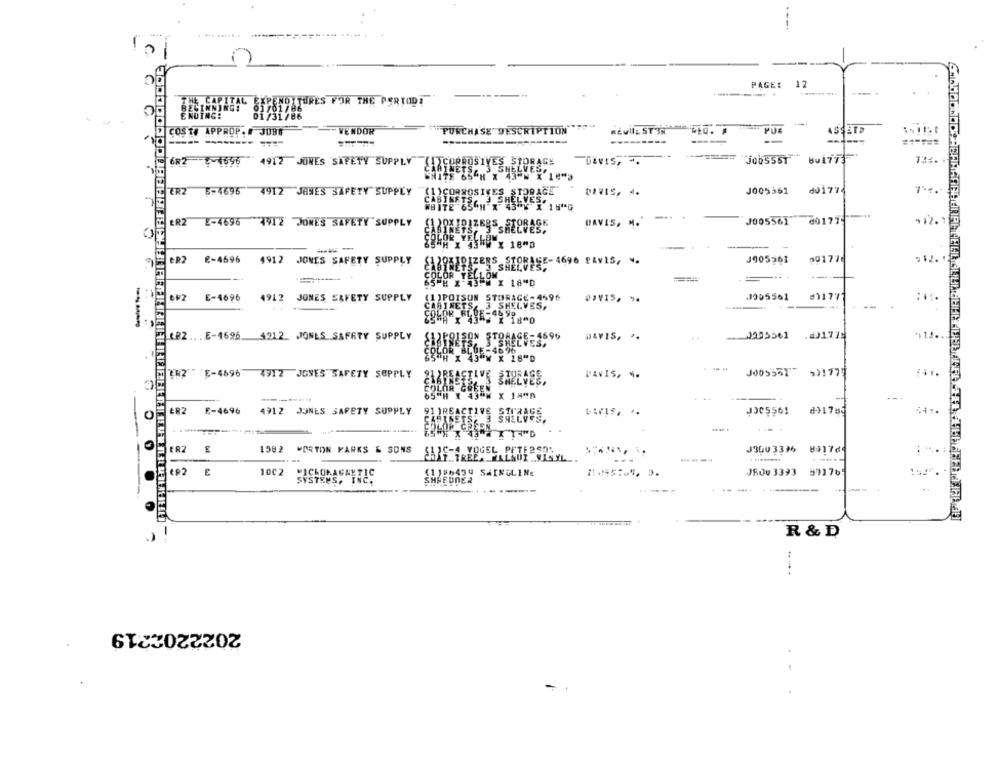
PAGE:
12
URES FOR THE PERTODE
E NDING:
COST# APPROP. # JOBS
- VENDOK
"PURCHASE" DESCRIPTION"
REGUIL STIN
PUE
ASSET
----- --
---------
----
---====
Bu 1773
6R2 5-1696 4912 JONES SAFETY SUPPLY (I)CORROSIVES STORAGE
DEVIS, -.
WHITE 65GH X 43-W X 16"3
ELVESP
(1 )CORROSIVES STORAGE
DAVIS. .
J005561
001774
ER2 5-4696 4912 JANES SAFETY SUPPLY
CABINETS, J SHELVES ..
WHITE 65CN X 43 % X 18"0
DAVIS, M.
-.. .
J005561
601725
ER2 L-4696 3912 JONES SAFETY SUPPLY
65 H X 43 WX 18"0
---
ER2 2-4696 4912 JONES SAFETY SUPPLY
S120KIRIZERS STORAGE-4696 2Av15, ..
J005,61
001770
SHELVES
COLOR YEL
1-43PM X 18"D
OF2 E-4696
4912 JONES SAFETY SUPPLY
(1)POISUN STORAGE-4596
01415, *.
#11777
CABINETS, 3 SHELVES,
-
..
--
KP2 .. . E-4696. 4212_ JONES SAFETY SUPPLY
DRAGE-4696
DAVIS, *.
2205561
.@J1778
PO1SON STOR
SHELVES.
$85H X 43 W X 18"D
EK2" " E-4696 4912 JONES SAFETY SUPPLY
DAVIS, ..
ILOR CO
SHY4
ER2
E-4696
4912 JONES SAFETY SUPPLY
1 )RE
JOC556!
d91784
0
ER2
1982 WORTON KARKS & SONS
J3003396 831764
----
1002
MICKOMAGNETIC
JROu 3393 97176;
SYSTEMS, INC.
SHAEUNEa
---
R & D
.. ... .
2022202219